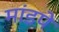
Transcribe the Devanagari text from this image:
मांडपे